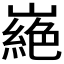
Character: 𭗜